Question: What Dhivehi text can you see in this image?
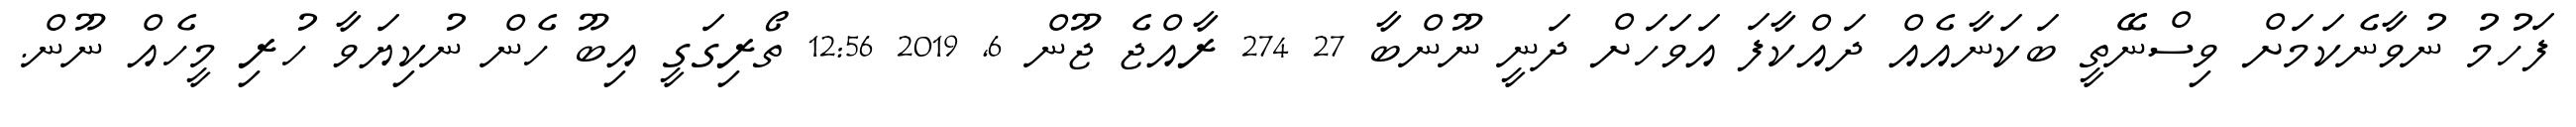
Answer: ފަހުމު ނުވާނެކަމަށް ވިސްނޭތީ ބަކަނާއެއް ދައްކާފަ އަވަހަށް ދަނީ ނޫންބާ 27 274 ރާއްޖެ ޖޫން 6, 2019 12:56 ތޯރިގަގީ އިބޫ ހެން ނުކިޔަވާ ހުރި މީހެއް ނޫން.